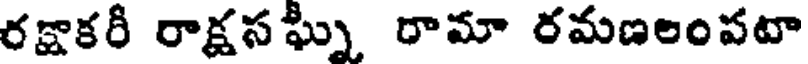
రక్షాకరీ రాక్షసఘ్న రామా రమణలంపటా